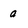
Character: a